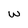
Character: w